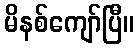
မိနစ်ကျော်ပြီ။